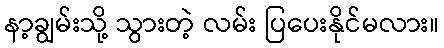
နာ့ချွမ်းသို့ သွားတဲ့ လမ်း ပြပေးနိုင်မလား။